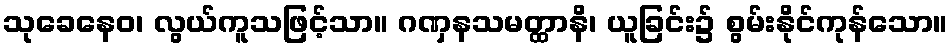
သုခေနေဝ၊ လွယ်ကူသဖြင့်သာ။ ဂဏှနသမတ္ထာနိ၊ ယူခြင်း၌ စွမ်းနိုင်ကုန်သော။